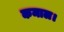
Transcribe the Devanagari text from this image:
कमाल।